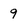
Character: 9